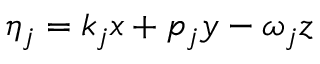
\eta _ { j } = k _ { j } x + p _ { j } y - \omega _ { j } z